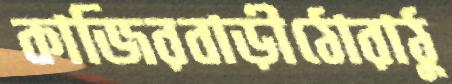
কাজিরবাড়ীঠোরাঠু